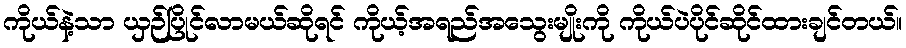
ကိုယ်နဲ့သာ ယှဉ်ပြိုင်လာမယ်ဆိုရင် ကိုယ့်အရည်အသွေးမျိုးကို ကိုယ်ပဲပိုင်ဆိုင်ထားချင်တယ်။